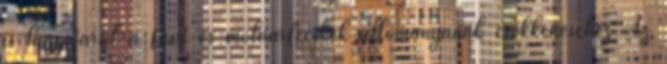
is hozzájárul a füsti és molnárfecskék állományának csökkenéséhez Az